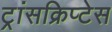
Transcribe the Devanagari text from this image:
ट्रांसक्रिप्टेस